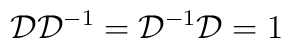
{\cal D}{\cal D}^{-1}={\cal D}^{-1}{\cal D}=1